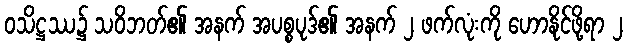
ဝသိဋ္ဌဿ၌ သဝိဘတ်၏ အနက် အပစ္စပုဒ်၏ အနက် ၂ ဖက်လုံးကို ဟောနိုင်ဖို့ရာ ၂